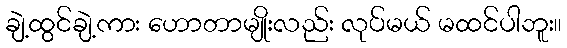
ချဲ့ထွင်ချဲ့ကား ဟောတာမျိုးလည်း လုပ်မယ် မထင်ပါဘူး။